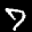
Label: 7